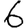
Digit: 6